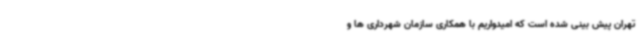
تهران پیش بینی شده است که امیدواریم با همکاری سازمان شهرداری ها و